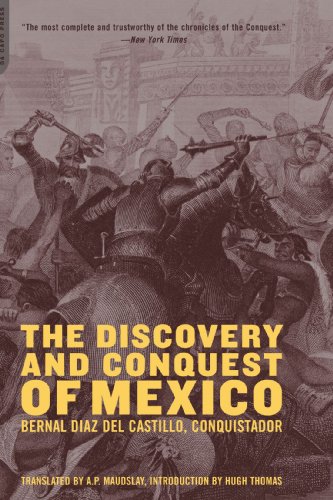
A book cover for The Discovery And Conquest Of Mexico; Bernal Diaz Del Castillo; History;